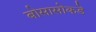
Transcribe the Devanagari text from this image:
बोसासोकडे